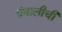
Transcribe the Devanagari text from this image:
ग्रंथालीची